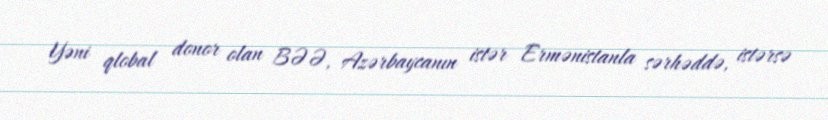
Yəni qlobal donor olan BƏƏ, Azərbaycanın istər Ermənistanla sərhəddə, istərsə